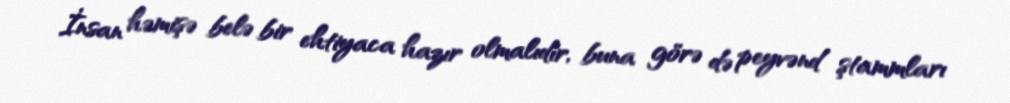
İnsan həmişə belə bir ehtiyaca hazır olmalıdır, buna görə də peyvənd ştammları